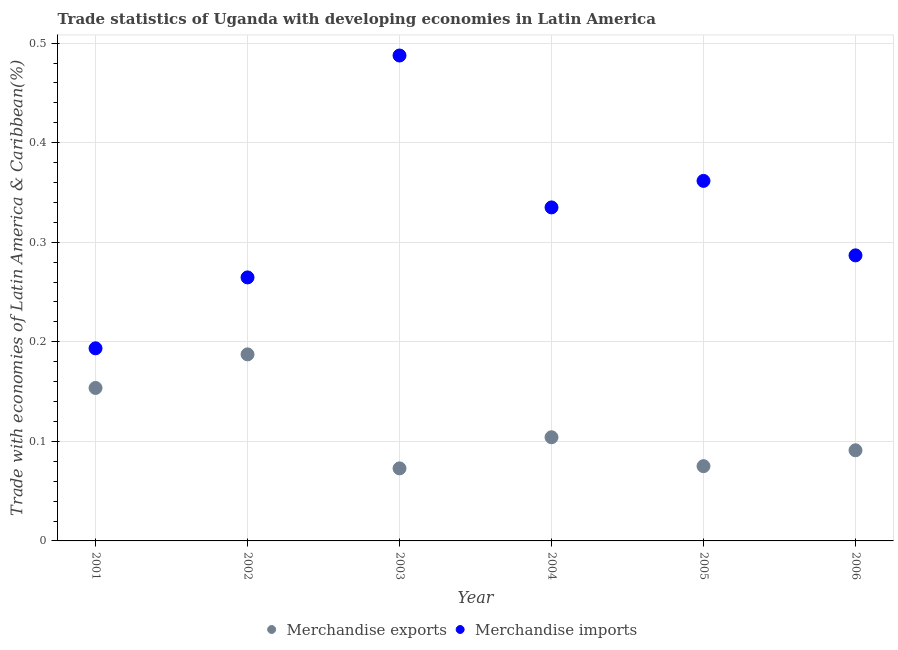
| Year | Merchandise exports | Merchandise imports |
 | --- | --- | --- |
 | 2001 | 0.154 | 0.193 |
 | 2002 | 0.187 | 0.265 |
 | 2003 | 0.0729 | 0.488 |
 | 2004 | 0.104 | 0.335 |
 | 2005 | 0.0751 | 0.362 |
 | 2006 | 0.091 | 0.287 |